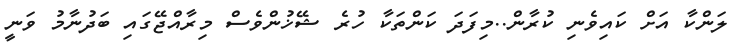
ލަންކާ އަށް ކައިވެނި ކުރާން..މިފަދަ ކަންތަކާ ހުރެ ޝޭޚުންވެސް މިރާއްޖޭގައި ބަދުނާމު ވަނީ